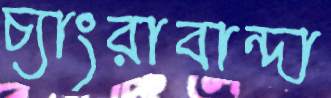
চ্যাংরাবান্দা